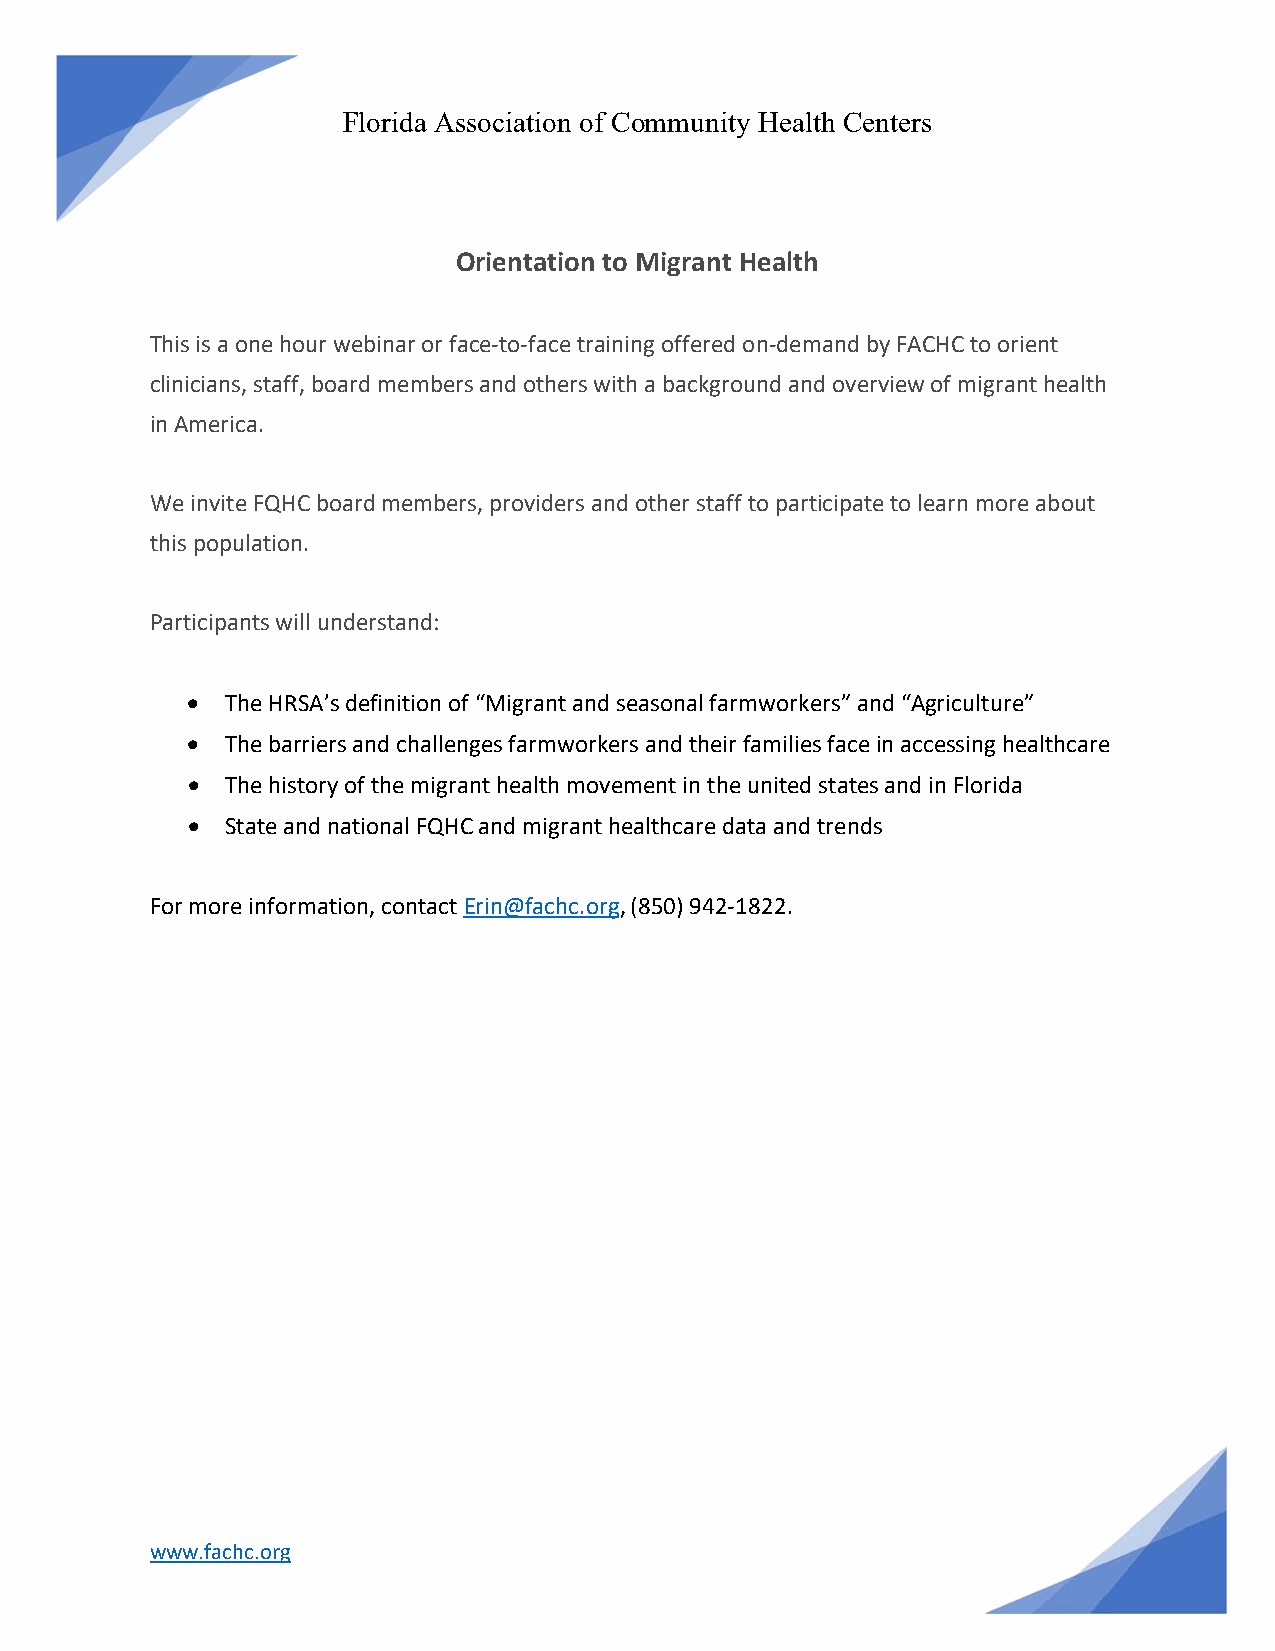
Florida Association of Community Health Centers
 Orientation to Migrant Health
 This is a one hour webinar or face‐to‐face training offered on‐demand by FACHC to orient
 clinicians, staff, board members and others with a background and overview of migrant health
 in America.
 We invite FQHC board members, providers and other staff to participate to learn more about
 this population.
 Participants will understand:
   The HRSA’s definition of “Migrant and seasonal farmworkers” and “Agriculture”
   The barriers and challenges farmworkers and their families face in accessing healthcare
   The history of the migrant health movement in the united states and in Florida
   State and national FQHC and migrant healthcare data and trends
 For more information, contact Erin@fachc.org, (850) 942‐1822.
 www.fachc.org